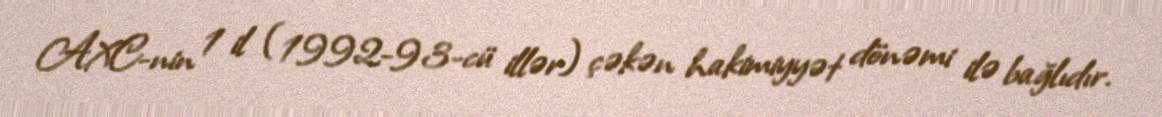
AXC-nin 1 il (1992-93-cü illər) çəkən hakimiyyət dönəmi ilə bağlıdır.